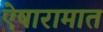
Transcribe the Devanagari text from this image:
ऐषारामात